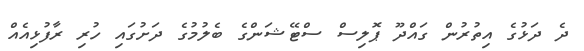
ދެ ދަޅުގެ އިތުރުން ގައްދޫ ޕޮލިސް ސްޓޭޝަންގެ ބެލުމުގެ ދަށުގައި ހުރި ރާފުޅިއެއް